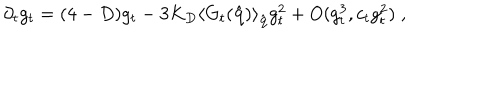
LaTeX: \partial _ { t } g _ { t } = ( 4 - D ) g _ { t } - 3 K _ { D } \left\langle G _ { t } ( \hat { \bf { q } } ) \right\rangle _ { \hat { \bf { q } } } g _ { t } ^ { 2 } + O ( g _ { t } ^ { 3 } , c _ { t } g _ { t } ^ { 2 } ) \; ,